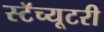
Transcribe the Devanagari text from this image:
स्टॅच्यूटरी